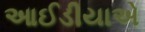
આઈડીયાએ